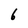
Character: 6